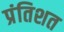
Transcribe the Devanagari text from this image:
प्रंतिशत